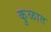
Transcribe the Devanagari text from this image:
कु़ळात